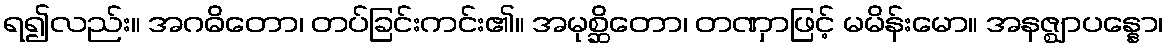
ရ၍လည်း။ အဂဓိတော၊ တပ်ခြင်းကင်း၏။ အမုစ္ဆိတော၊ တဏှာဖြင့် မမိန်းမော။ အနဇ္ဈာပန္နော၊